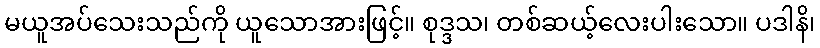
မယူအပ်သေးသည်ကို ယူသောအားဖြင့်။ စုဒ္ဒသ၊ တစ်ဆယ့်လေးပါးသော။ ပဒါနိ၊